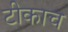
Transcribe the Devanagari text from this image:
टीकाच